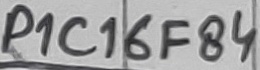
Text: P1C16F84